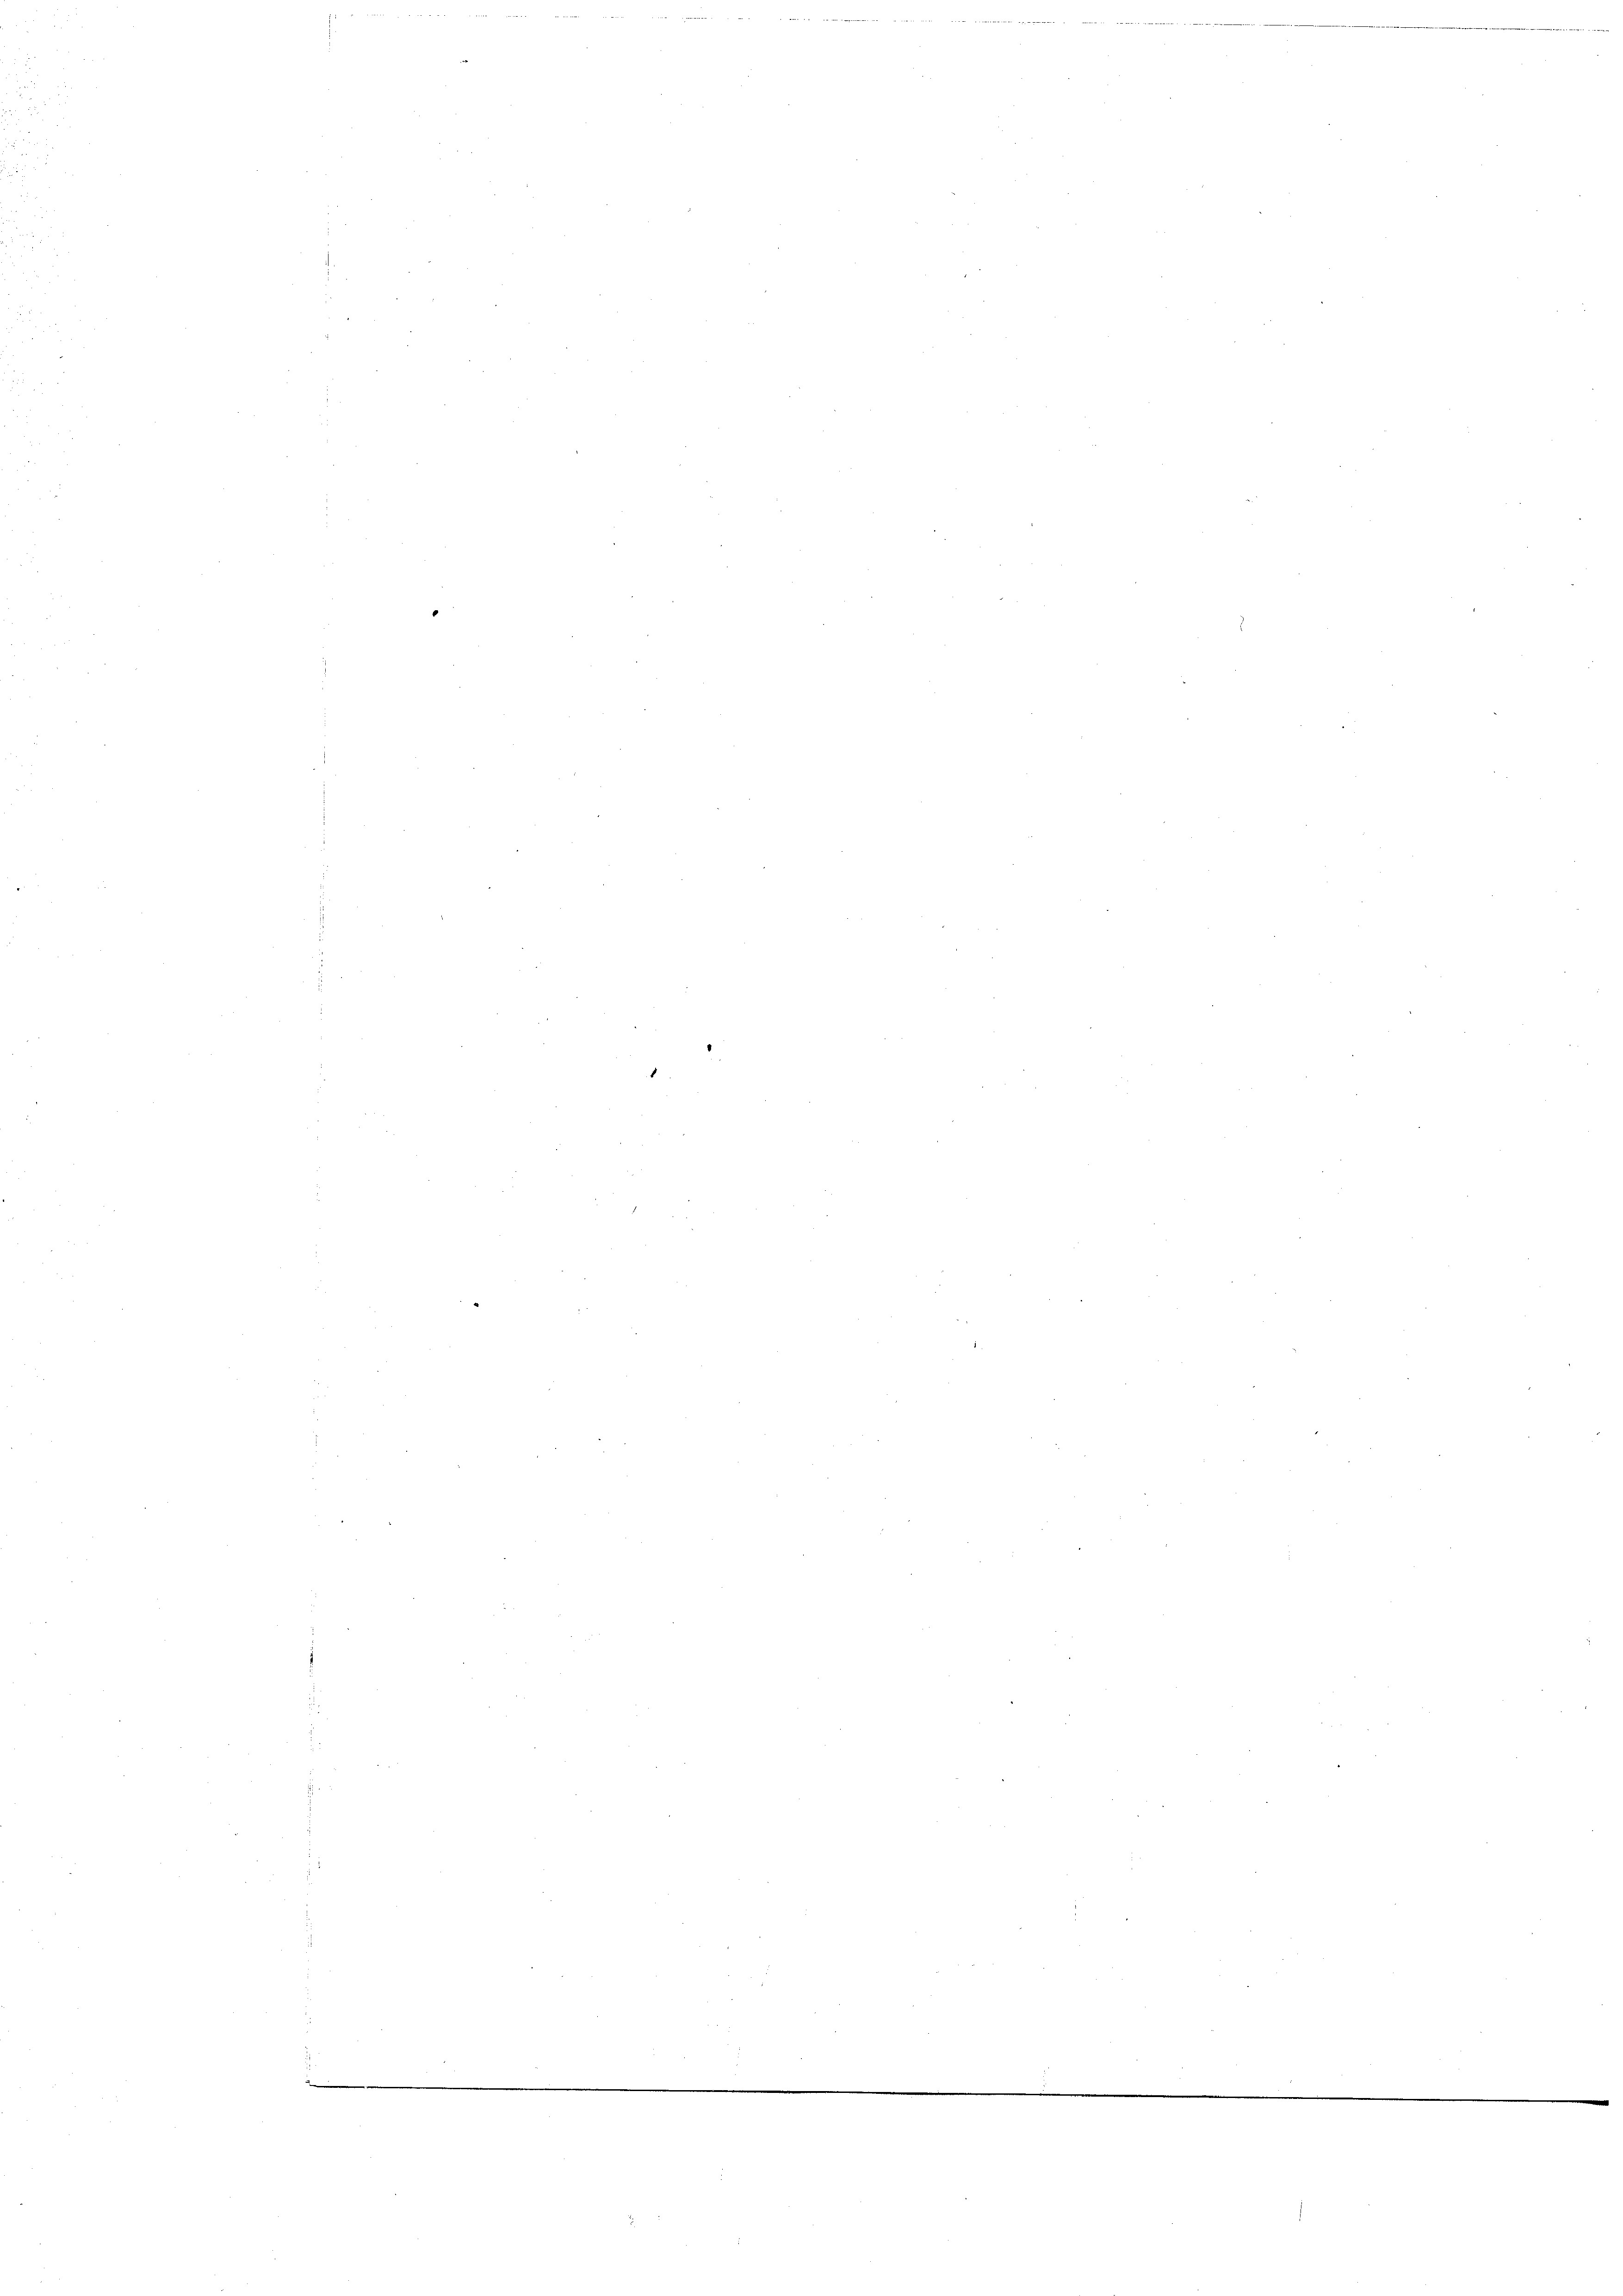
u

5

e
e

1
2
.
.

5

g

die weich den sich bitte die Aber diesentlicht den
¬
282
a
2
.
n
n
e
.
r
.
2

.